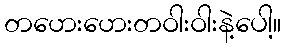
တဟေးဟေးတဝါးဝါးနဲ့ပေါ့။